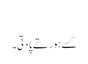
‏
کسے ہور تے پا دِتی۔